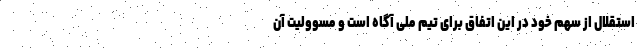
استقلال از سهم خود در این اتفاق برای تیم ملی آگاه است و مسوولیت آن